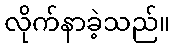
လိုက်နာခဲ့သည်။